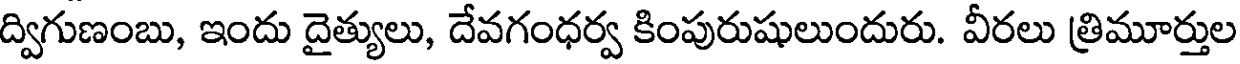
ద్విగుణంబు, ఇందు దైత్యులు, దేవగంధర్వ కింపురుషులుందురు. వీరలు త్రిమూర్తుల